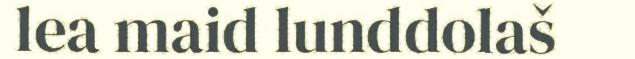
lea maid lunddolaš